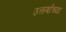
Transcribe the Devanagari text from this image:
उत्कर्षांच्या